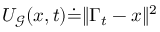
{ U _ { \mathcal { G } } ( x , t ) \dot { = } \| \Gamma _ { t } - x \| ^ { 2 } }